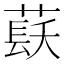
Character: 𱾏